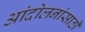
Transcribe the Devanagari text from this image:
आंदोलनांसाठी